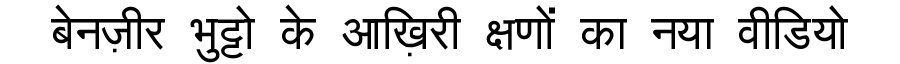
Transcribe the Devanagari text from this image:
बेनज़ीर भुट्टो के आख़िरी क्षणों का नया वीडियो